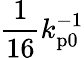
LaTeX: \frac{1}{16}k_{\mathrm{p0}}^{-1}